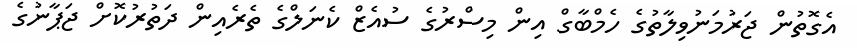
އެގޮތުން ޖަރުމަނުވިލާތުގެ ހެމްބާގް އިން މިސްރުގެ ސުއެޒް ކެނަލްގެ ތެރެއިން ދަތުރުކޮށް ޖަޕާނުގެ